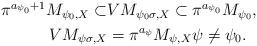
LaTeX: \begin{align*}\begin{aligned}\pi^{a_{\psi_0}+1}M_{\psi_0,X} \subset &VM_{\psi_0 \sigma,X} \subset \pi^{a_{\psi_0}}M_{\psi_0},\\VM_{ \psi \sigma, X} &= \pi^{a_{\psi}} M_{\psi,X} \psi \neq \psi_0 .\end{aligned}\end{align*}